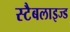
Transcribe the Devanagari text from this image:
स्टैबलाइज्ड